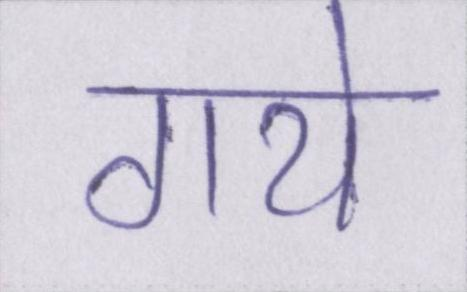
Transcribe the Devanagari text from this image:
गये